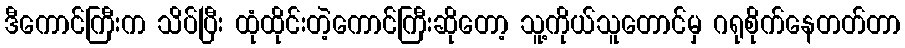
ဒီကောင်ကြီးက သိပ်ပြီး ထုံထိုင်းတဲ့ကောင်ကြီးဆိုတော့ သူ့ကိုယ်သူတောင်မှ ဂရုစိုက်နေတတ်တာ